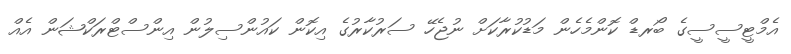
އެމްޓީސީސީގެ ބޯރޑް ކޮންމެހެން މަޑުކުރާކަށް ނުޖެހޭ ސަރުކާރުގެ އިކޮން ކައުންސިލުން އިންސްޓްރަކްޝަން އެއް